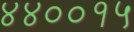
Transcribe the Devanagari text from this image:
४४००१५